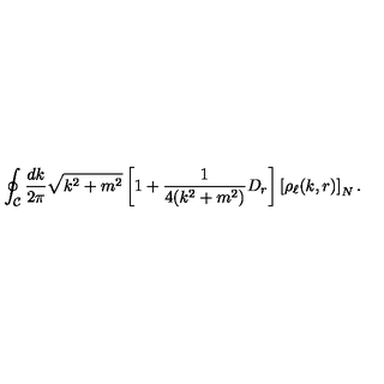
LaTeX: \oint _ { \cal C } \frac { d k } { 2 \pi } \sqrt { k ^ { 2 } + m ^ { 2 } } \left[ 1 + \frac { 1 } { 4 ( k ^ { 2 } + m ^ { 2 } ) } D _ { r } \right] \left[ \rho _ { \ell } ( k , r ) \right] _ { N } .